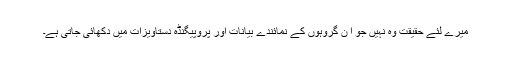
میرے لئے حقیقت وہ نہیں جو ا ن گروہوں کے نمائندے بیانات اور پروپیگنڈہ دستاویزات میں دکھائی جاتی ہے۔